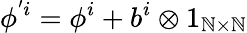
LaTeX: \phi^{'i}=\phi^{i}+b^{i}\otimes1_{\mathbb{N}\times\mathbb{N}}